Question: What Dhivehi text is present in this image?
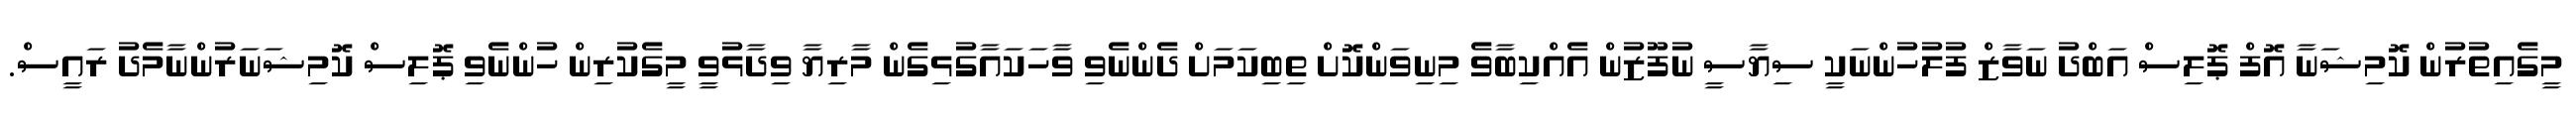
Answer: މީގެއިތުރުން ކޮމިޝަނާ އޮފް ޕޮލިސް އަބްދު ނަވާޒް ފުލުހުންނަކީ ސިޔާސީ ނުފޫޒުން އެއްކިބާވެ މިނިވަންކޮށް ތިބިކަމަށް ދެންނެވި ވާހަކައާގުޅިގެން މާރިޔާ ވިދާޅުވީ މީގެކުރިން ހުންނެވި ޕޮލިސް ކޮމިޝަނަރުންނާމެދު ރައީސް.